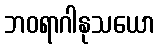
ဘဝရာဂါနုသယော